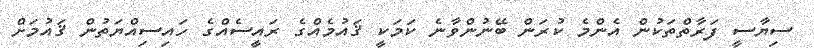
ސިޔާސީ ފަރާތްތަކުން އެންމެ ކުރަން ބޭނުންވާނެ ކަމަކީ ޤައުމެއްގެ ރައީސެއްގެ ހައިސިއްޔަތުން ޤައުމަށް